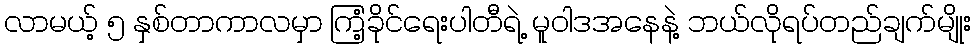
လာမယ့် ၅ နှစ်တာကာလမှာ ကြံ့ခိုင်ရေးပါတီရဲ့ မူဝါဒအနေနဲ့ ဘယ်လိုရပ်တည်ချက်မျိုး